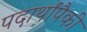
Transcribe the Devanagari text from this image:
पदार्थांपैकी